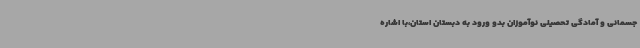
جسمانی و آمادگی تحصیلی نوآموزان بدو ورود به دبستان استان،با اشاره